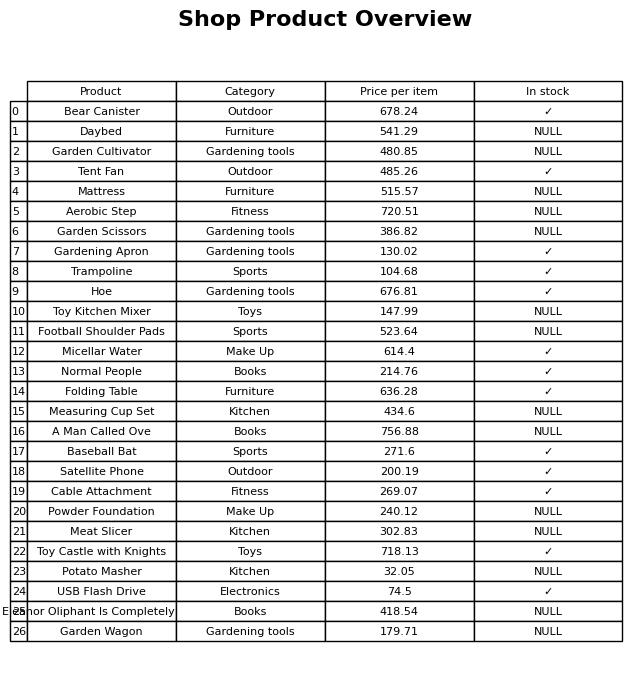
question: What is the price of the Bear Canister?
answer: The price of Bear Canister is 678.24.